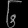
Digit: ၆